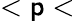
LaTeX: <\mathsf{p}<